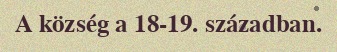
A község a 18-19. században.